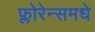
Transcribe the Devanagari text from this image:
फ्लोरेन्समधे